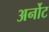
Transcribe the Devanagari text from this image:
अर्नोट